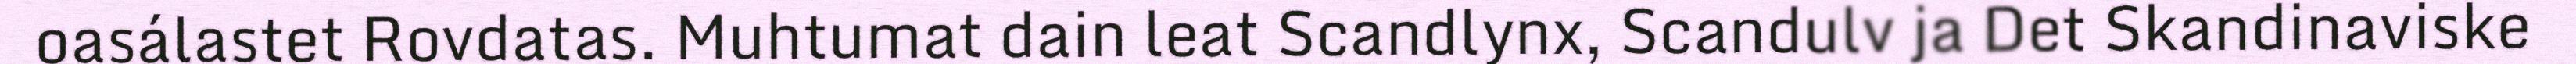
oasálastet Rovdatas. Muhtumat dain leat Scandlynx, Scandulv ja Det Skandinaviske